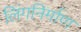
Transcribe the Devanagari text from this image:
लिंगनिर्माण